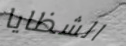
الشظايا